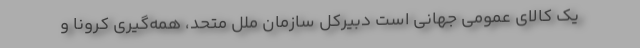
یک کالای عمومی جهانی است دبیرکل سازمان ملل متحد، همه‌گیری کرونا و